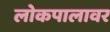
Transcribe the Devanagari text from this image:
लोकपालावर